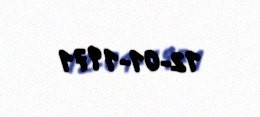
12-01-1971